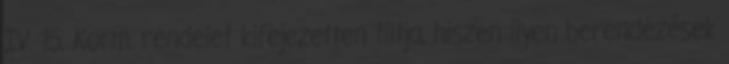
IV. 15. Korm. rendelet kifejezetten tiltja, hiszen ilyen berendezések